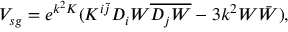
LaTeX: V _ { s g } = e ^ { k ^ { 2 } K } ( K ^ { i \bar { j } } D _ { i } W \overline { { { D _ { j } W } } } - 3 k ^ { 2 } W \bar { W } ) ,